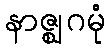
နာဇ္ဈဂမုံ